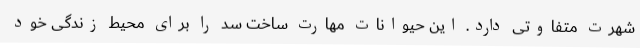
شهرت متفاوتی دارد. این حیوانات مهارت ساخت سد را برای محیط زندگی خود